Report on plague in the Punjab from October 1st ... to September 30th ..., being the ... season of plague in the province
Disease focus: Plague
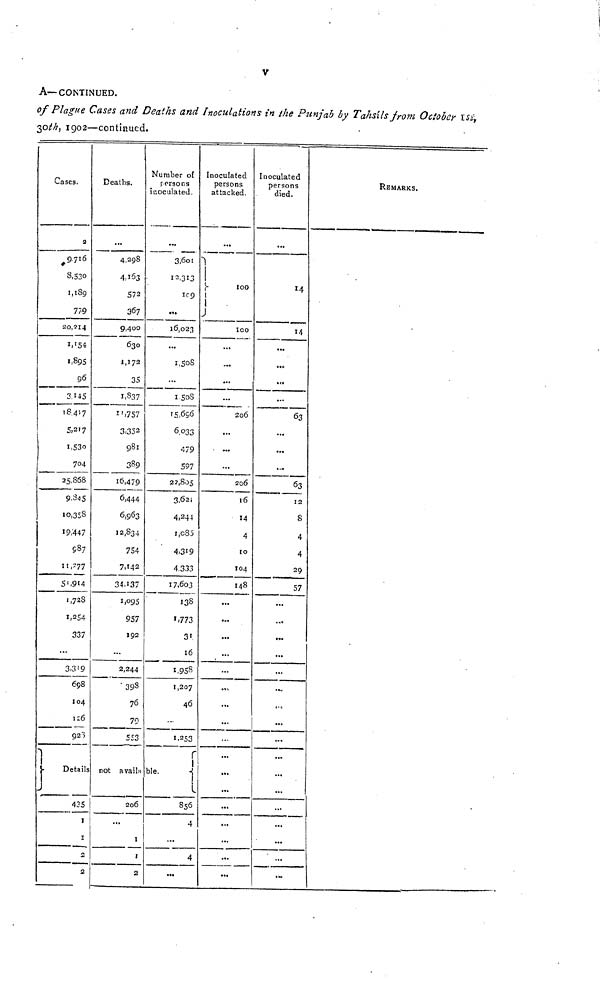
A—CONTINUED.
of Plague Cases and Deaths and Inoculations in the Punjab by Tahsxls from October [$i]
30M, 1902—continued.
Cases.
3
9.716
8,530
1,189
1
.
.
2O,214
1,'54
1,89s
96
3.145
18,417
5,217
1,53o
704
25,868
9.845
10.358
19 /447
987
11 ,-77
5'.914
.738
1,254
337
3.319
698
104
126
92")
J.
Detail
435
ï
2
2
Deaths.
...
4,298
4,103
572
367
9,400
630
1,172
35
1.837
1'757
3,352
981
389
16,479
6,444
6,963
12,834
754
7,142
34,137
1,095
957
192
...
2,244
398
76
79
553
not avail
206
...
1
1
£
Number of
persons
inoculated.
...
3,60 1
12,313
109
16,023
...
1,5o8
...
1 508
' 5,656
6.033
479
597
22,805
3,62
4.244
,0185
4,3*9
4.333
17,603
138
1,773
31
16
1,958
1,207
46
...
1.253
r
ble.
856
4
...
4
Inoculated
persons
attacked.
...
...
100
1
ICO
...
...
...
...
206
...
...
...
206
l6
14
4
10
104
148
...
...
...
...
«V
.,.
...
...
...
...
...
...
...
noculated
persons
died.
...
14
...
...
...
...
63
...
...
...
63
12
8
4
4
29
57
...
...
.,.
...
...
...
...
...
...
...
...
...
...
...
...
...
...
REMARKS.